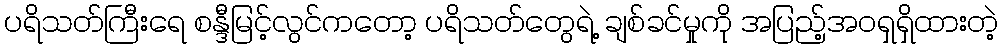
ပရိသတ်ကြီးရေ စန္ဒီမြင့်လွင်ကတော့ ပရိသတ်တွေရဲ့ ချစ်ခင်မှုကို အပြည့်အဝရှရှိထားတဲ့